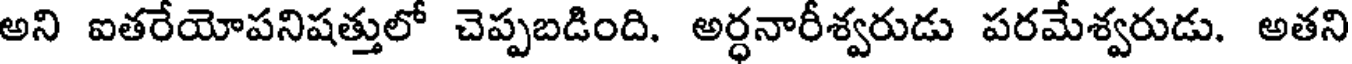
అని ఐతరేయోపనిషత్తులో చెప్పబడింది. అర్ధనారీశ్వరుడు పరమేశ్వరుడు. అతని